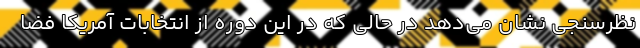
نظرسنجی نشان می‌دهد در حالی که در این دوره از انتخابات آمریکا فضا